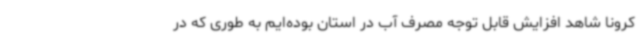
کرونا شاهد افزایش قابل توجه مصرف آب در استان بوده‌ایم به طوری که در